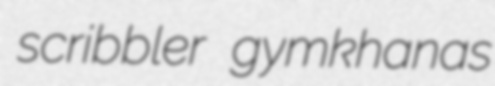
scribbler gymkhanas